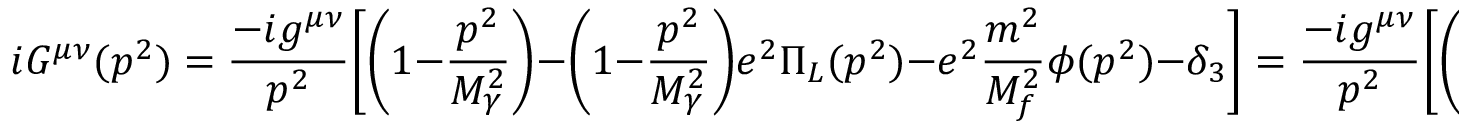
i G ^ { \mu \nu } ( p ^ { 2 } ) = \frac { - i g ^ { \mu \nu } } { p ^ { 2 } } \biggl [ \biggl ( 1 - \frac { p ^ { 2 } } { M _ { \gamma } ^ { 2 } } \biggr ) - \biggl ( 1 - \frac { p ^ { 2 } } { M _ { \gamma } ^ { 2 } } \biggr ) e ^ { 2 } \Pi _ { L } ( p ^ { 2 } ) - e ^ { 2 } \frac { m ^ { 2 } } { M _ { f } ^ { 2 } } \phi ( p ^ { 2 } ) - \delta _ { 3 } \biggr ] = \frac { - i g ^ { \mu \nu } } { p ^ { 2 } } \biggl [ \biggl ( 1 - \frac { p ^ { 2 } } { M _ { \gamma } ^ { 2 } } \biggr ) - \theta ( p ^ { 2 } ) - \delta _ { 3 } \biggr ]